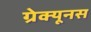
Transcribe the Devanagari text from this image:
ग्रेक्यूनस